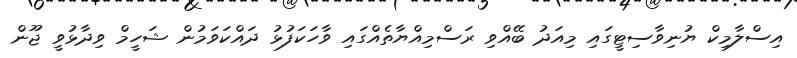
އިސްލާމިކް ޔުނިވާސިޓީގައި މިއަދު ބޭއްވި ރަސްމިއްޔާތެއްގައި ވާހަކަފުޅު ދައްކަވަމުން ޝަހީމް ވިދާޅުވީ ޖޫން